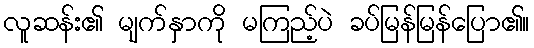
လူဆန်း၏ မျက်နှာကို မကြည့်ပဲ ခပ်မြန်မြန်ပြော၏။